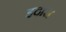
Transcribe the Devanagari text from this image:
इदास